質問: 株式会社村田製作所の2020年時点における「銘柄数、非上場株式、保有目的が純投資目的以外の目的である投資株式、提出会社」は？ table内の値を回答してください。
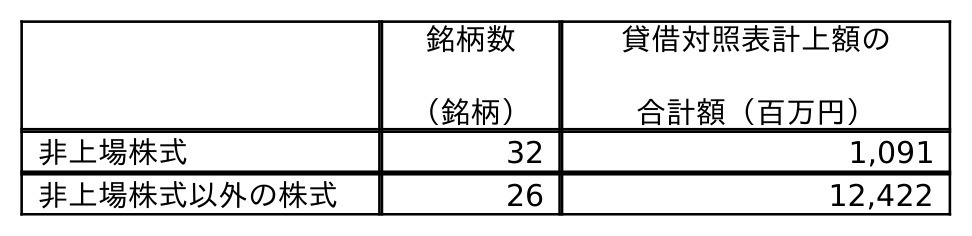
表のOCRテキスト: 銘柄数 （銘柄） 貸借対照表計上額の 合計額（百万円） 非上場株式 32 1,091 非上場株式以外の株式 26 12,422
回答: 32